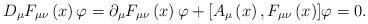
\begin{align*}D_{\mu }F_{\mu \nu }\left( x\right) {\varphi }=\partial _{\mu }F_{\mu \nu}\left( x\right) {\varphi }+[A_{\mu }\left( x\right) ,F_{\mu \nu }\left(x\right) ]{\varphi }=0.\end{align*}